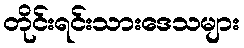
တိုင်းရင်းသားဒေသများ